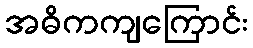
အဓိကကျကြောင်း